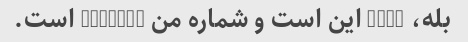
بله، zheg این است و شماره من 3811658 است.